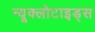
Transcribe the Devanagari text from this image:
न्यूक्लोटाइड्स